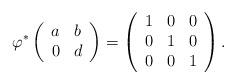
LaTeX: \begin{align*}\varphi^*\left(\begin{array}{c c} a & b \\ 0 & d \end{array}\right) & =\left(\begin{array}{c c c} 1 & 0 & 0 \\ 0 & 1& 0 \\ 0 & 0 & 1 \end{array} \right) . \end{align*}